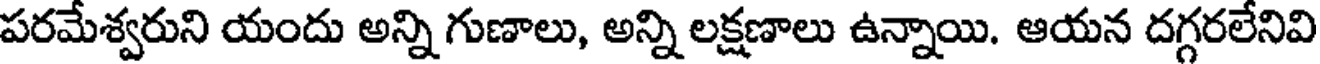
పరమేశ్వరుని యందు అన్ని గుణాలు, అన్ని లక్షణాలు ఉన్నాయి. ఆయన దగ్గరలేనివి